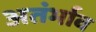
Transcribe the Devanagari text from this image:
अतंर्भाव